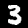
Digit: 3